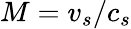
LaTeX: M=v_{s}/c_{s}